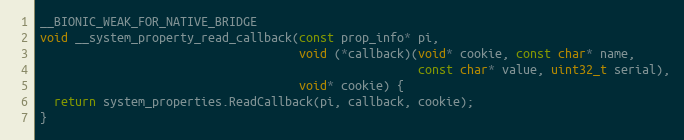
Language: C++
__BIONIC_WEAK_FOR_NATIVE_BRIDGE
void __system_property_read_callback(const prop_info* pi,
                                     void (*callback)(void* cookie, const char* name,
                                                      const char* value, uint32_t serial),
                                     void* cookie) {
  return system_properties.ReadCallback(pi, callback, cookie);
}